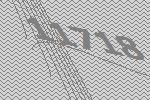
11718